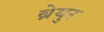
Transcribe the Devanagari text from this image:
ब्रेयुर